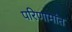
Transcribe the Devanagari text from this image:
परिणामांत